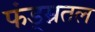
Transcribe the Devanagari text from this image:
फंड्म्नतल